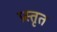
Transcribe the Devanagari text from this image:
प्रस्तृत